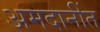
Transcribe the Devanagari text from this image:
अमदानींत